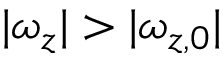
| \omega _ { z } | > | \omega _ { z , 0 } |